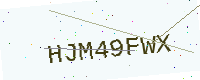
Text: HJM49FWX